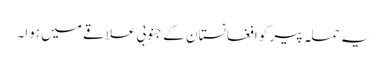
یہ حملہ پیر کو افغانستان کے جنوبی علاقے میں ہوا۔